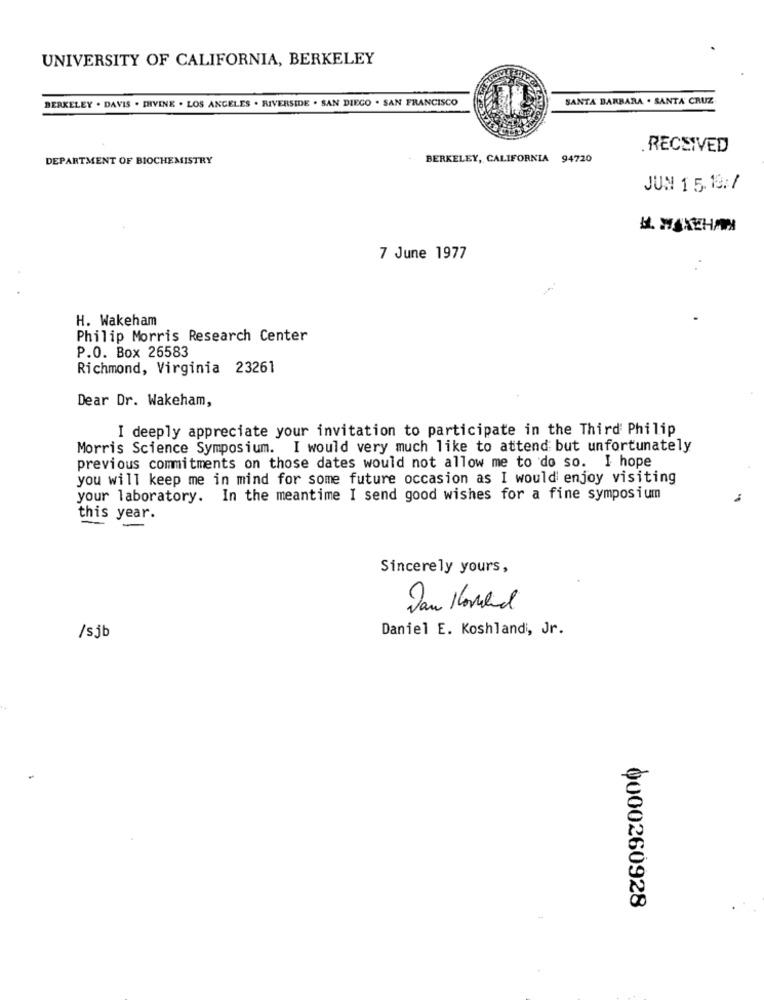
UNIVERSITY OF CALIFORNIA, BERKELEY
BERKELEY . DAVIS . IRVINE . LOS ANGELES . RIVERSIDE . SAN DIEGO . SAN FRANCISCO
SANTA BARBARA . SANTA CRUZ
RECEIVED
DEPARTMENT OF BIOCHEMISTRY
- BERKELEY, CALIFORNIA 94720
JUN 1 5. 10:7
7 June 1977
H. Wakeham
Philip Morris Research Center
P.O. Box 26583
Richmond, Virginia 23261
Dear Dr. Wakeham,
I deeply appreciate your invitation to participate in the Third Philip
Morris Science Symposium. I would very much like to attend but unfortunately
previous commitments on those dates would not allow me to do so. I hope
you will keep me in mind for some future occasion as I would enjoy visiting
your laboratory. In the meantime I send good wishes for a fine symposium
this year.
Sincerely yours,
C
Daniel E. Koshlandi, Jr.
/sjb
0000260928